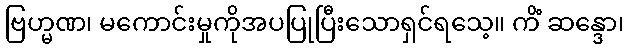
ဗြဟ္မဏ၊ မကောင်းမှုကိုအပပြုပြီးသောရှင်ရသေ့။ ကိံ ဆန္ဒော၊